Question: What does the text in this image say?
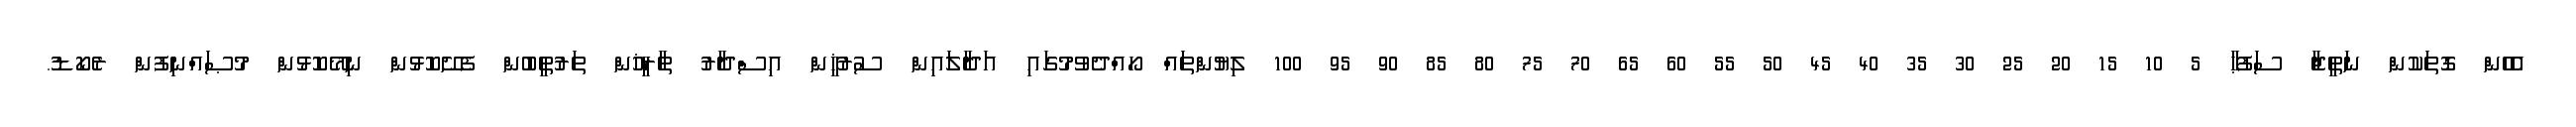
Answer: އެހެން ގޮތަކުން ނަތީޖާ ސަފުޙާ 5 10 15 20 25 30 35 40 45 50 55 60 65 70 75 80 85 90 95 100 ލިޔުންތައް ހޯއްދެވުމުގައި އަދާލައިން ސުރުޚީން އިސްދާރު ތާރީޚުން ތަރުތީބުން ފެށޭކޮޅުން ނިމޭކޮޅުން މުޞައްނިފުން ރެކޯޑު.